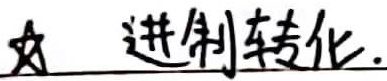
☆  进制转化.